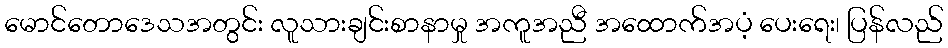
မောင်တောဒေသအတွင်း လူသားချင်းစာနာမှု အကူအညီ အထောက်အပံ့ ပေးရေး၊ ပြန်လည်